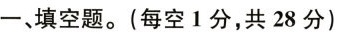
一、填空题。(每空1分，共28分)